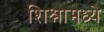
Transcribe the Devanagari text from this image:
शिश्नामध्ये